Streptothrix isolated from the spleen of a leper - Number 51
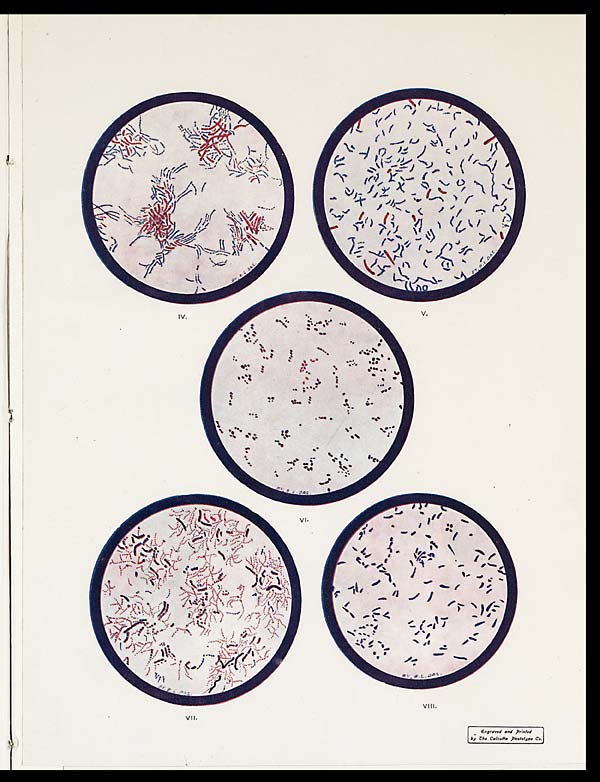
IV.
v.
VI.
VII.
VIII.
Engraved and Printed
by the Calcutta Phototype Co.